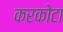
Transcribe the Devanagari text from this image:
करकोटा